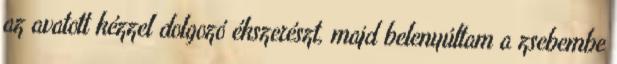
az avatott kézzel dolgozó ékszerészt, majd belenyúltam a zsebembe